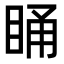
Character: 𭾸